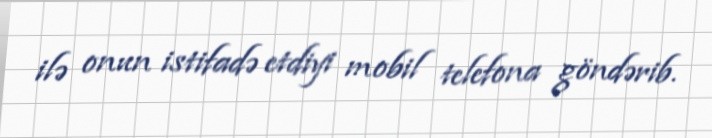
ilə onun istifadə etdiyi mobil telefona göndərib.